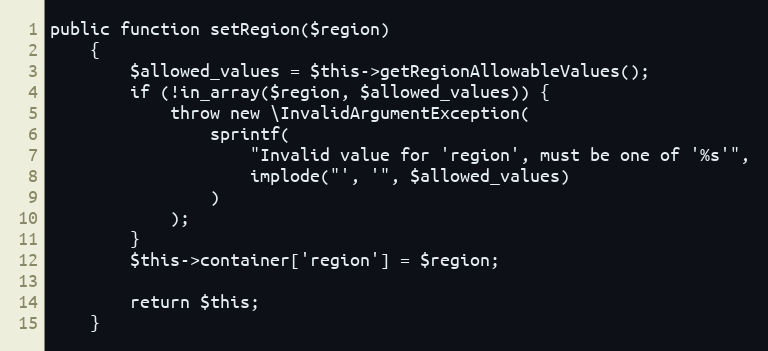
Language: PHP
public function setRegion($region)
    {
        $allowed_values = $this->getRegionAllowableValues();
        if (!in_array($region, $allowed_values)) {
            throw new \InvalidArgumentException(
                sprintf(
                    "Invalid value for 'region', must be one of '%s'",
                    implode("', '", $allowed_values)
                )
            );
        }
        $this->container['region'] = $region;

        return $this;
    }